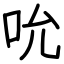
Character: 吮